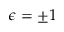
\epsilon = \pm 1